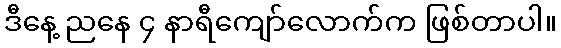
ဒီနေ့ ညနေ ၄ နာရီကျော်လောက်က ဖြစ်တာပါ။